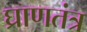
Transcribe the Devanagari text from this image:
घ्राणतंत्र